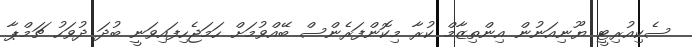
ސެކިއުރިޓީ ޔޫނިއަނުން އިންތިޒާމް ކުރާ މިކޮންފަރެންސް ބޭއްވުމަށް ހަމަޖެހިފައިވަނީ ބުދަ ދުވަހު ޗަމްޕާ